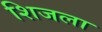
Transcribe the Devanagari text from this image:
शिजला